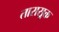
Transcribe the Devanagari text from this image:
तारासूक्त